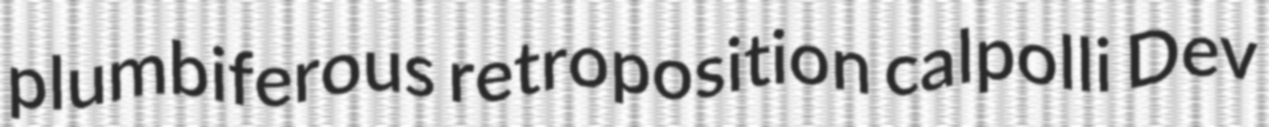
plumbiferous retroposition calpolli Dev